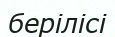
берілісі